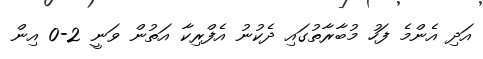
އަދި އެންމެ ފަހު މުބާރާތުގައި ދެކުނު އެފްރިކާ އަތުން ވަނީ 2-0 އިން